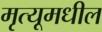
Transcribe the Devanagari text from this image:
मृत्यूमधील